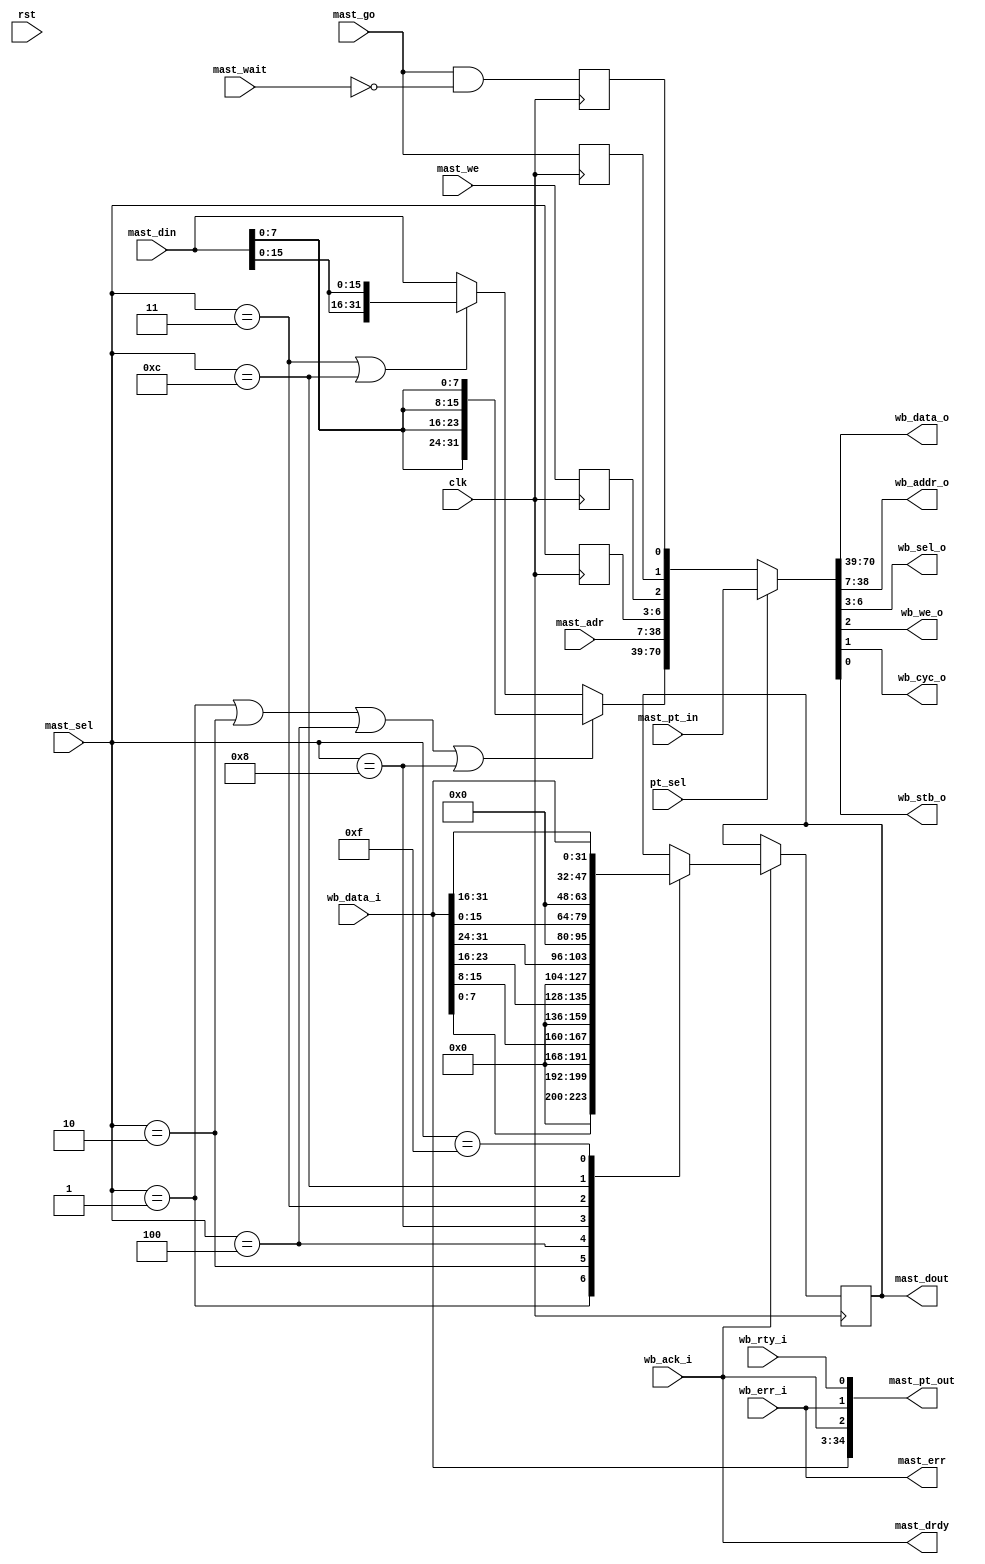
module wb_dma_wb_mast(clk, rst,

	wb_data_i, wb_data_o, wb_addr_o, wb_sel_o, wb_we_o, wb_cyc_o,
	wb_stb_o, wb_ack_i, wb_err_i, wb_rty_i,

	mast_go, mast_we, mast_adr, mast_sel, mast_din, mast_dout, mast_err,
	mast_drdy, mast_wait,

	pt_sel, mast_pt_in, mast_pt_out
	);

input		clk, rst;

// --------------------------------------
// WISHBONE INTERFACE 

input	[31:0]	wb_data_i;
output	[31:0]	wb_data_o;
output	[31:0]	wb_addr_o;
output	[3:0]	wb_sel_o;
output		wb_we_o;
output		wb_cyc_o;
output		wb_stb_o;
input		wb_ack_i;
input		wb_err_i;
input		wb_rty_i;

// --------------------------------------
// INTERNAL DMA INTERFACE 
input		mast_go;	// Perform a Master Cycle (as long as this
				// line is asserted)
input		mast_we;	// Read/Write
input	[31:0]	mast_adr;	// Address for the transfer
input	[3:0]	mast_sel;	// Select lines for the transfer
input	[31:0]	mast_din;	// Internal Input Data
output	[31:0]	mast_dout;	// Internal Output Data
output		mast_err;	// Indicates an error has occurred

output		mast_drdy;	// Indicated that either data is available
				// during a read, or that the master can accept
				// the next data during a write
input		mast_wait;	// Tells the master to insert wait cycles
				// because data can not be accepted/provided

// Pass Through Interface
input		pt_sel;		// Pass Through Mode Selected
input	[70:0]	mast_pt_in;	// Grouped WISHBONE inputs
output	[34:0]	mast_pt_out;	// Grouped WISHBONE outputs

////////////////////////////////////////////////////////////////////
//
// Local Wires
//

reg		mast_cyc, mast_stb;
reg		mast_we_r;
reg	[3:0]	mast_be;
reg	[31:0]	mast_dout;
wire [31:0]	mast_din_sel;

////////////////////////////////////////////////////////////////////
//
// Pass-Through Interface
//

assign {wb_data_o, wb_addr_o, wb_sel_o, wb_we_o, wb_cyc_o, wb_stb_o} =
	pt_sel ? mast_pt_in :
	{mast_din_sel, mast_adr, mast_be, mast_we_r, mast_cyc, mast_stb};

assign mast_din_sel = 
	(mast_sel=='b0001 || mast_sel=='b0010 || mast_sel=='b0100 || mast_sel=='b1000)?
		{mast_din[7:0],mast_din[7:0],mast_din[7:0],mast_din[7:0]}:
	(mast_sel=='b0011 || mast_sel=='b1100)?
		{mast_din[15:0],mast_din[15:0]}:mast_din;

assign mast_pt_out = {wb_data_i, wb_ack_i, wb_err_i, wb_rty_i};

////////////////////////////////////////////////////////////////////
//
// DMA Engine Interface
//

always @(posedge clk)
	if (wb_ack_i) begin
		// Capture read data according to the select mask
		case (mast_sel)
			'b0001: mast_dout <= wb_data_i[7:0];
			'b0010: mast_dout <= wb_data_i[15:8];
			'b0100: mast_dout <= wb_data_i[23:16];
			'b1000: mast_dout <= wb_data_i[31:24];
			'b0011: mast_dout <= wb_data_i[15:0];
			'b1100: mast_dout <= wb_data_i[31:16];
			'b1111: mast_dout <= wb_data_i;
		endcase
	end

always @(posedge clk)
	mast_be <= #1 mast_sel;

always @(posedge clk)
	mast_we_r <= #1 mast_we;

always @(posedge clk)
	mast_cyc <= #1 mast_go;

always @(posedge clk)
	mast_stb <= #1 mast_go & !mast_wait; 

assign mast_drdy = wb_ack_i;
assign mast_err  = wb_err_i;

endmodule